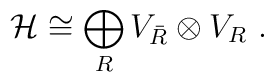
{\cal H}\cong\bigoplus_{R}V_{\bar{R}}\otimes V_{R}~.